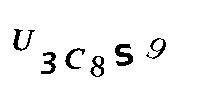
U3C8S9